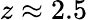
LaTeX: z\approx 2.5